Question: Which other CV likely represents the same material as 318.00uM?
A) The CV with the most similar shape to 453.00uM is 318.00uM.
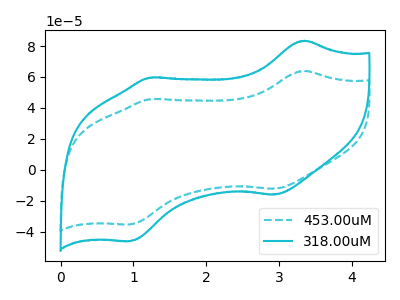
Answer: <think>The cyan dashed curve "453.00uM" has anodic peaks at (3.35V, 64.00uA) (1.25V, 45.70uA) and cathodic peaks at (2.95V, -12.35uA) (0.95V, -35.40uA). The cyan curve "318.00uM" has anodic peaks at (3.35V, 83.50uA) (1.25V, 59.65uA) and cathodic peaks at (2.95V, -16.10uA) (0.95V, -46.15uA).
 All the peaks in "453.00uM" have a peak in "318.00uM" at the same potential. Every peak in "453.00uM" is lower than every peak in "318.00uM".</think>
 <answer>A) The CV with the most similar shape to "453.00uM" is "318.00uM".</answer>
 <eval>A</eval>